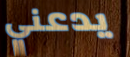
يدعني